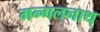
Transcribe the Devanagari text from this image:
मन्गलनाथ्